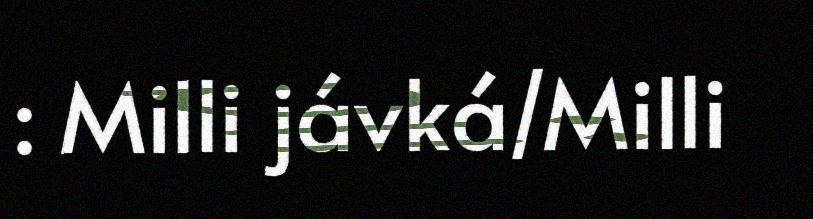
: Milli jávká/Milli